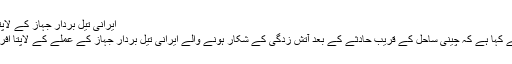
ایرانی تیل بردار جہاز کے لاپتا افراد کے بچنے کی امید نہیں
ایک ایرانی حکومتی عہدیدار نے کہا ہے کہ چینی ساحل کے قریب حادثے کے بعد آتش زدگی کے شکار ہونے والے ایرانی تیل بردار جہاز کے عملے کے لاپتا افراد کے بچنے کی امید نہیں ہے۔